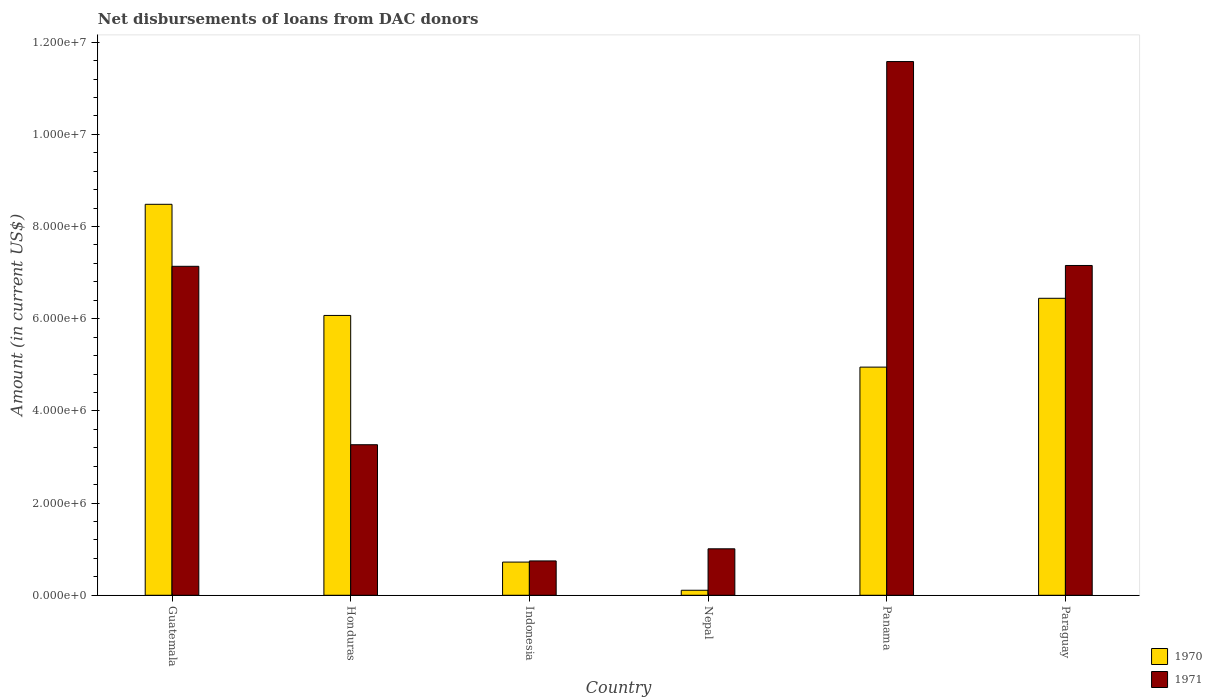
| Country | 1970 | 1971 |
 | --- | --- | --- |
 | Guatemala | 8.48e+06 | 7.14e+06 |
 | Honduras | 6.07e+06 | 3.27e+06 |
 | Indonesia | 7.2e+05 | 7.45e+05 |
 | Nepal | 1.09e+05 | 1.01e+06 |
 | Panama | 4.95e+06 | 1.16e+07 |
 | Paraguay | 6.44e+06 | 7.16e+06 |